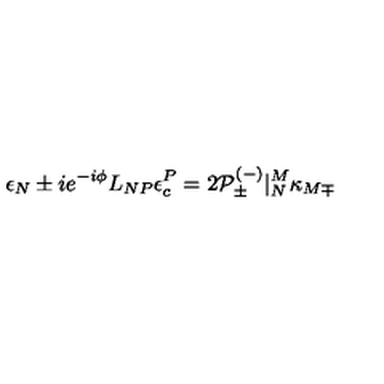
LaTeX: \epsilon _ { N } \pm i e ^ { - i \phi } L _ { N P } \epsilon _ { c } ^ { P } = 2 { \cal P } _ { \pm } ^ { ( - ) } | _ { N } ^ { M } \kappa _ { M \mp }